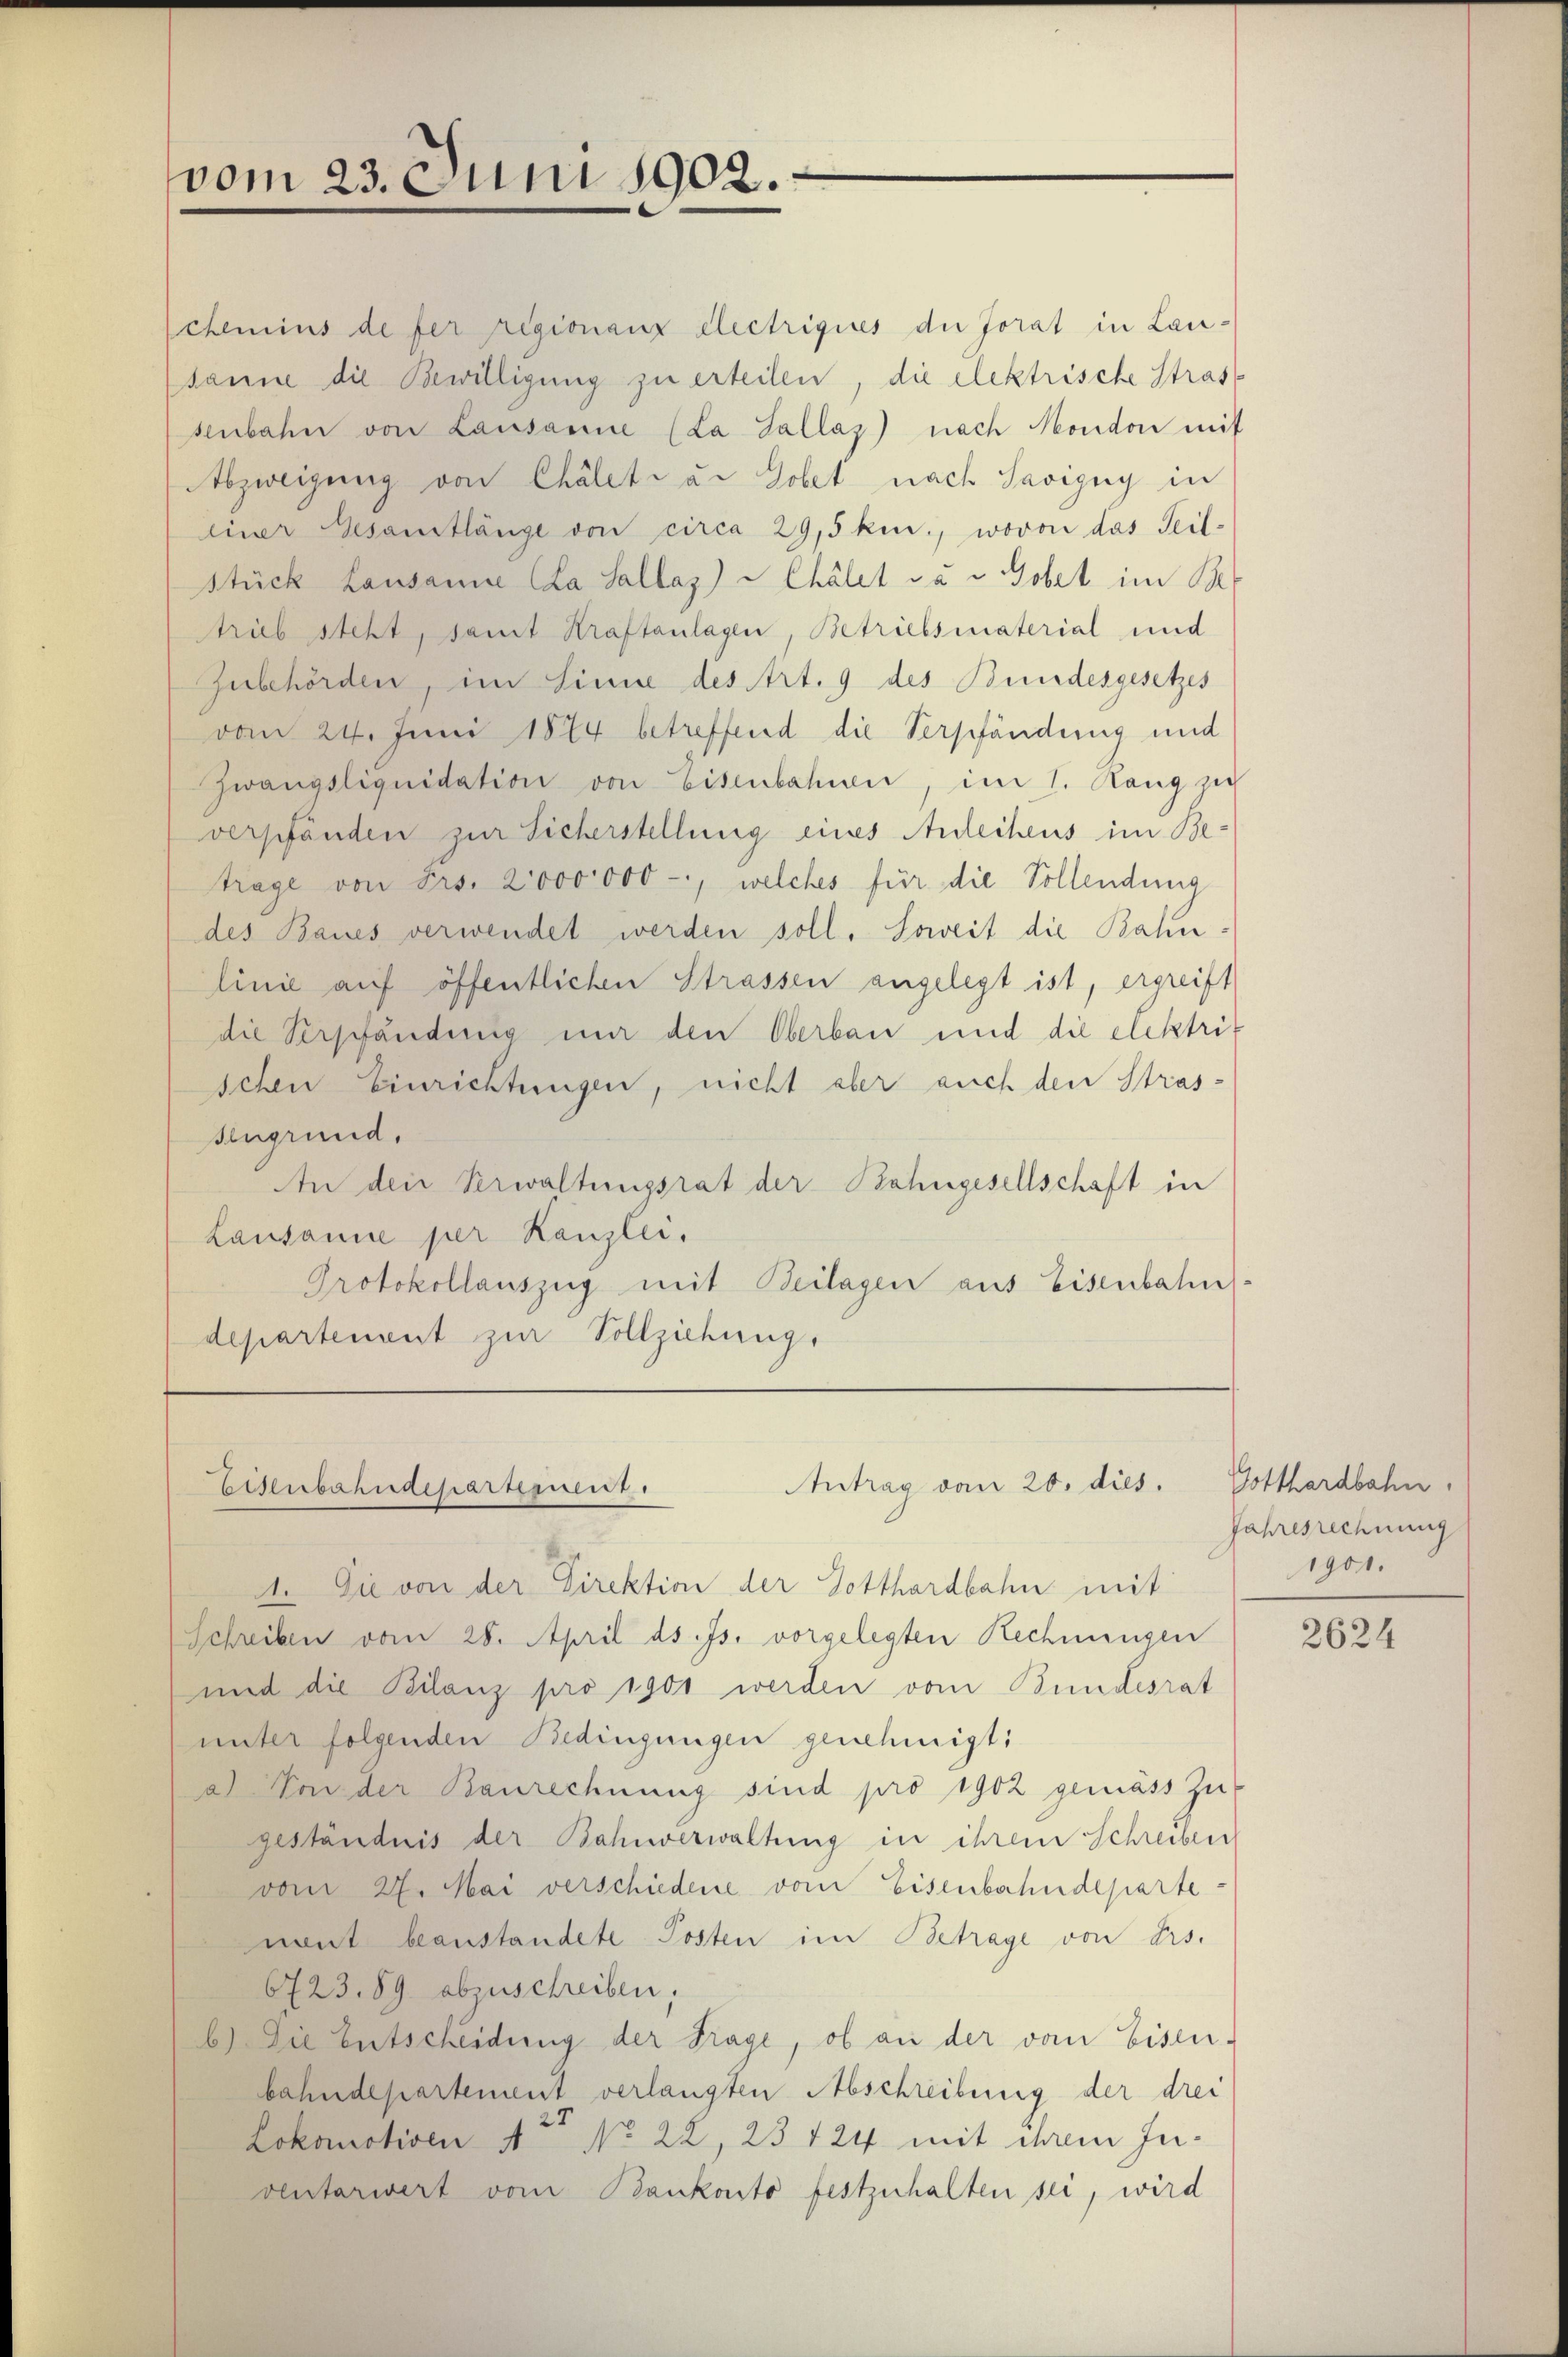
vom 23. Juni 1902.

chemins de fer regionanz electriques die Jorat in Lausanne die Bewilligung zu erteilen, die elektrische Stras
senbahn von Lausanne (La Sallag) nach Hondon mit
Abzweigung von Chalet u. Gobet nach Savigny in
einer Gesamtlänge von circa 29,5 km., wovon das Teil-
Stück Lausanne la Sallaz) u Chalet a v Gobet im Be
trieb steht, samt Kraftanlagen, Betriebsmaterial und
Zubehörden, im Sinne des Art. 9 des Bundesgesetzes
vom 24. Juni 1874 betreffend die Verpfändung und
Zwangsliquidation von Eisenbahnen, im 1. Rang zu
verpfänden zur Sicherstellung eines Anleihens im Be-
trage von Frs. 2000000 -, welches für die Vollendung
des Baues verwendet werden soll. Soweit die Bahnlinie auf öffentlichen Strassen angelegt ist, ergreift
die Verschändung mir den Oberbau und die elektrif
schen Einrichtungen, nicht aber auch den Stras-
sengrund.
An den Verwaltungsrat der Bahngesellschaft in
Lausanne per Kanzlei.
Protokollauszug mit Beilagen aus Eisenbahn-
departement zur Vollziehung,

Antrag von 20. dies.
Eisenbahndepartement.

2. Die von der Direktion der Gotthardbahn mit
Schreiben vom 28. April ds. Js. vorgelegten Rechnungen
und die Bilanz pro 1900 werden vom Bundesrat
unter folgenden Bedingungen genehmigt:
a) Von der Baurechnung sind pro 1902 gemäss zu
geständnis der Bahnverwaltung in ihrem Schreiben
vom 27. Mai verschiedene vom Eisenbahndepartenent beanstandete Posten im Betrage von Frs.
6723. 89. abzuschreiben,
b.) Die Entscheidung der Trage, ob an der vom Eisen-
bahndepartement verlangten Abschreibung der drei
Lokomotiven 4to No 22, 23 124 mit ihrem Juventarwert vom Bankonto festzuhalten sei, wird

Gotthardbahn.
Jahresrechnung
1901.

2624